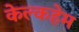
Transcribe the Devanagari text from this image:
केल्कहेम